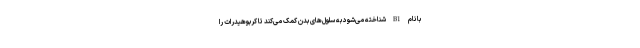
با نام B1 شناخته می‌شود به سلول‌های بدن کمک می‌کند تا کربوهیدرات را